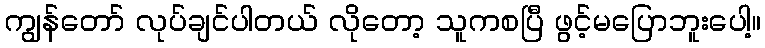
ကျွန်တော် လုပ်ချင်ပါတယ် လိုတော့ သူကစပြီ ဖွင့်မပြောဘူးပေါ့။